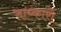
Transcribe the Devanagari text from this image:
भाष्कारों